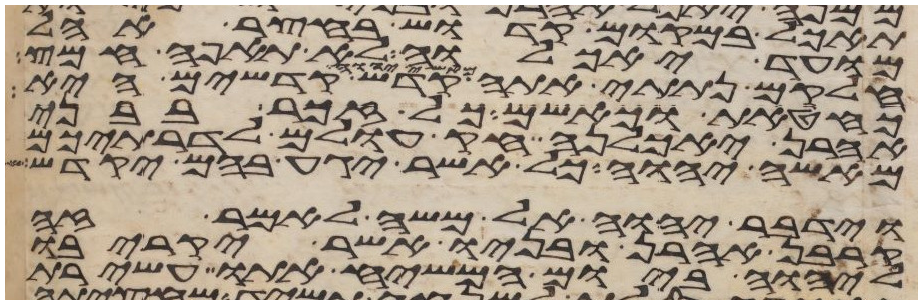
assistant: תאכל במקום קדוש בחצר אהל
מועד יאכלוה לא תאפה חמץ
חלקם נתתי אתה מאשי יהוה קדש קדשים היא
כחטאת כאשם כל זכר בבני
אהרן יאכלנה חק עולם לדרתיכם
מאשי יהוה כל אשר יגע בהם יקדש
וידבר יהוה אל משה לאמר זה
קרבן אהרן ובניו אשר יקריבו
ליהוה ביום המשיח אתו עשירת